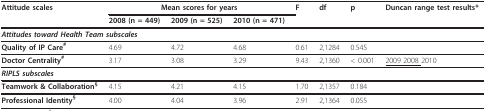
<table><thead><tr><td><b>Attitude scales</b></td><td colspan="3"><b>Mean scores for years</b></td><td><b>F</b></td><td><b>df</b></td><td><b>p</b></td><td><b>Duncan range test results*</b></td></tr><tr><td></td><td><b>2008 (n = 449)</b></td><td><b>2009 (n = 525)</b></td><td><b>2010 (n = 471)</b></td><td></td><td></td><td></td><td></td></tr></thead><tbody><tr><td colspan="8"><b><i>Attitudes toward Health Team subscales</i></b></td></tr><tr><td><b>Quality of IP Care<sup>#</sup></b></td><td>4.69</td><td>4.72</td><td>4.68</td><td>0.61</td><td>2,1284</td><td>0.545</td><td></td></tr><tr><td><b>Doctor Centrality<sup>#</sup></b></td><td>3.17</td><td>3.08</td><td>3.29</td><td>9.43</td><td>2,1360</td><td>&lt; 0.001</td><td><underline>2009 2008 </underline>2010</td></tr><tr><td colspan="8"><b><i>RIPLS subscales</i></b></td></tr><tr><td><b>Teamwork &amp; Collaboration<sup>§</sup></b></td><td>4.15</td><td>4.21</td><td>4.15</td><td>1.70</td><td>2,1357</td><td>0.184</td><td></td></tr><tr><td><b>Professional Identity<sup>§</sup></b></td><td>4.00</td><td>4.04</td><td>3.96</td><td>2.91</td><td>2,1364</td><td>0.055</td><td></td></tr></tbody></table>